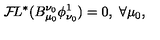
{ \cal F } \! L ^ { * } ( B _ { \mu _ { 0 } } ^ { \nu _ { 0 } } \phi _ { \nu _ { 0 } } ^ { 1 } ) = 0 , \ \forall \mu _ { 0 } ,